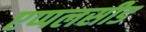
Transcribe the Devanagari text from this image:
एप्पलसीड